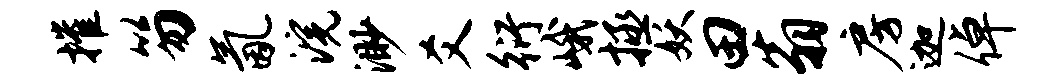
摧笏氤浣渺爻衍峨拯妖田翁房迦倬